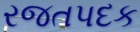
રજતપદક